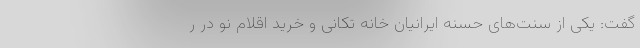
گفت: یکی از سنت‌های حسنه ایرانیان خانه تکانی و خرید اقلام نو در ر